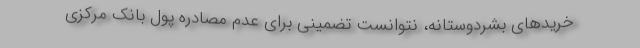
خریدهای بشردوستانه، نتوانست تضمینی برای عدم مصادره پول بانک مرکزی